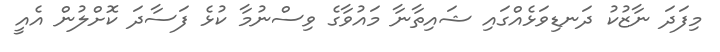
މިފަދަ ނާޒުކު ދަނޑިވަޅެއްގައި ޝައިތާނާ މައުވާގެ ވިސްނުމާ ކުޅެ ފަސާދަ ކޮށްލުން އެއީ